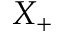
X _ { + }